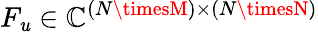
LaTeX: F_{\mathit{u}}\in\mathbb{{C}}^{(N\timesM)\times(N\timesN)}